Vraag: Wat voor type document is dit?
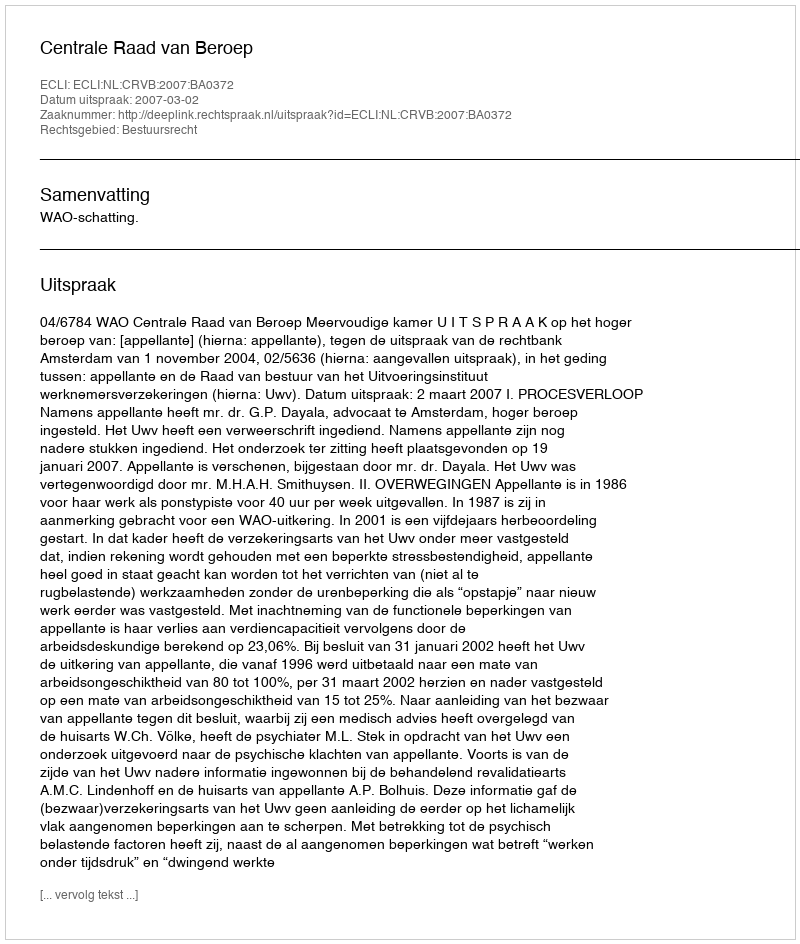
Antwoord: Uitspraak